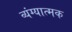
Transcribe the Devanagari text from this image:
व्‍यंग्‍यात्‍मक